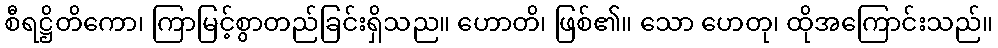
စီရဋ္ဌိတိကော၊ ကြာမြင့်စွာတည်ခြင်းရှိသည။ ဟောတိ၊ ဖြစ်၏။ သော ဟေတု၊ ထိုအကြောင်းသည်။